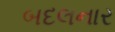
બદલનાર